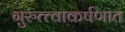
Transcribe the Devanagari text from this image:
गुरुत्त्वाकर्षणात